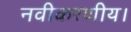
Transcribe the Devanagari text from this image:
नवीकरणीय।